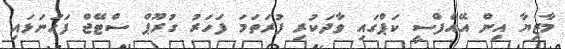
މާޒިޔާ އިން އޭއެފްސީ ކަޕްގައި ވާދަކުރި ފުރަތަމަ ފަހަރު ގުރޫޕް ސްޓޭޖް ފަހަނަޅައި